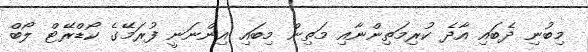
މިބުނި ދެބައި އާދެ ކުރިމަތިންނާއި މަތިން މިބައި އިންނަނީ ފުރަމޭގެ ކޯޑްރޭޓް ލޯބް